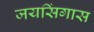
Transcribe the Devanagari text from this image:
जयसिंगास